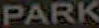
PARK